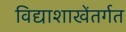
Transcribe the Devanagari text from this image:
विद्याशाखेंतर्गत